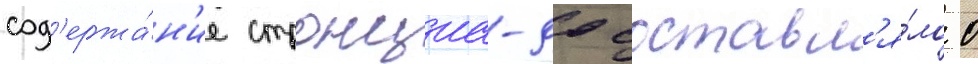
сод'ержа́н'ие стронциа-90 составл'я́ло 0